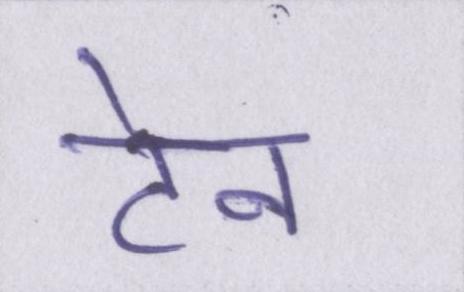
टेन